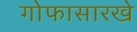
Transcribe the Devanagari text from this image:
गोफासारखे